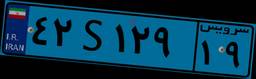
۴۲S۱۲۹۱۹